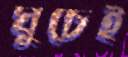
ঘুচেই